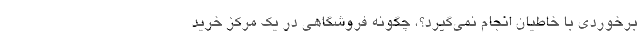
برخوردی با خاطیان انجام نمی‌گیرد؟، چگونه فروشگاهی در یک مرکز خرید